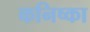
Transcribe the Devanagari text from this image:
कनिष्का